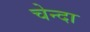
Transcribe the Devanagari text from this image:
चेन्दा